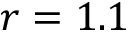
r = 1 . 1